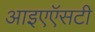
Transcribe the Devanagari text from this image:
आइएऍसटी